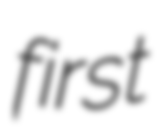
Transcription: first